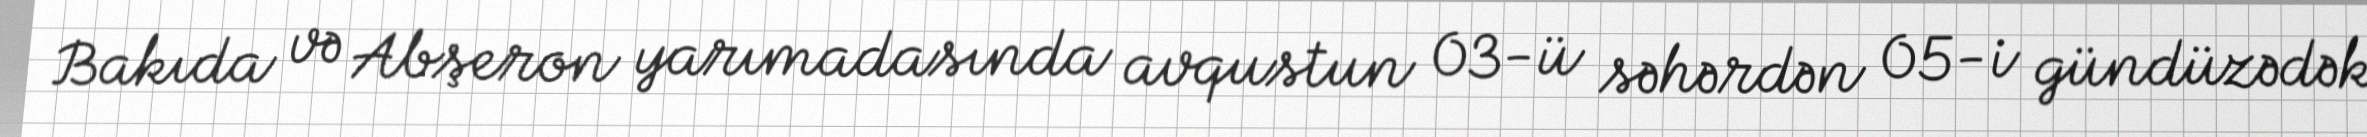
Bakıda və Abşeron yarımadasında avqustun 03-ü səhərdən 05-i gündüzədək